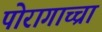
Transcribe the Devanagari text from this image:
पोरागाच्चा